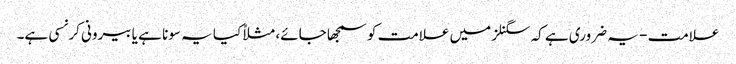
علامت - یہ ضروری ہے کہ سگنلز میں علامت کو سمجھا جائے، مثلاً کیا یہ سونا ہے یا بیرونی کرنسی ہے۔